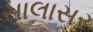
સાલાસર